Report on lock hospitals in British Burma
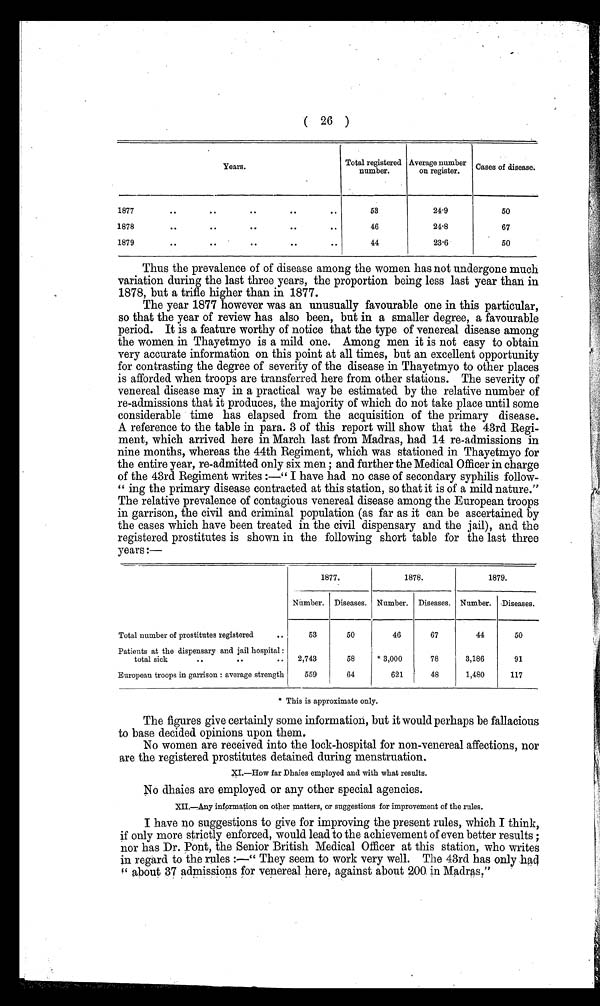
( 26 )
Years.
Total registered
number.
Average number
on register.
Cases of disease.
1877
..
..
..
..
..
53
24.9
50
1878
. .
..
..
..
..
46
24.8
67
1879
. .
..
..
..
..
44
23.6
50
Thus the prevalence of of disease among the women has not undergone much
variation during the last three years, the proportion being less last year than in
1878, but a trifle higher than in 1877.
The year 1877 however was an unusually favourable one in this particular,
so that the year of review has also been, but in a smaller degree, a favourable
period. It is a feature worthy of notice that the type of venereal disease among
the women in Thayetmyo is a mild one. Among men it is not easy to obtain
very accurate information on this point at all times, but an excellent opportunity
for contrasting the degree of severity of the disease in Thayetmyo to other places
is afforded when troops are transferred here from other stations. The severity of
venereal disease may in a practical way be estimated by the relative number of
re-admissions that it produces, the majority of which do not take place until some
considerable time has elapsed from the acquisition of the primary disease.
A reference to the table in para. 3 of this report will show that the 43rd Regi-
ment, which arrived here in March last from Madras, had 14 re-admissions in
nine months, whereas the 44th Regiment, which was stationed in Thayetmyo for
the entire year, re-admitted only six men ; and further the Medical Officer in charge
of the 43rd Regiment writes :—" I have had no case of secondary syphilis follow--
" ing the primary disease contracted at this station, so that it is of a mild nature."
The relative prevalence of contagious venereal disease among the European troops
i n g a r r i s o n , t h e c i v i l a n d c r i mi n a l p o p u l a t i o n ( a s f a r a s i t c a n b e a s c e r t a i n e d b y
the cases Aich have been treated in the civil dispensary and the jail), and the
registered prostitutes is shown in the following short table for the last three
years :—
1877.
1878.
1879.
Number. Diseases. Number. Diseases. Number. -Diseases.
Total number of prostitutes registered
. .
53
50
46
67
44
50
Patients at the dispensary and jail hospital :
total sick
..
.. ..
2,743
58
* 3,000
78
3,186
91
European troops in garrison : average strength
559
64
621
48
1,480
117
* This is approximate only.
The figures give certainly some information, but it would perhaps be fallacious
to base decided opinions upon them,
No women are received into the lock-hospital for non-venereal affections, nor
are the registered prostitutes detained during menstruation.
XI.—How far Dhaies employed and with what results.
No dhaies are employed or any other special agencies.
XII.—Any information on other matters, or suggestions for improvement of the, rules.
I have no suggestions to give for improving the present rules, which I think,
if only more strictly enforced, would lead to the achievement of even better results ;
nor has Dr. Pont, the Senior British Medical Officer at this station, who writes
in regard to the rules :—" They seem to work very well. The 43rd has only had
" about 37 admissions for venereal here, against about 200. in Madras,"